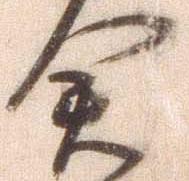
倉